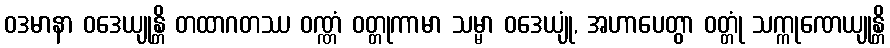
ဝဒမာနာ ဝဒေယျုန္တိ တထာဂတဿ ဝဏ္ဏံ ဝတ္တုကာမာ သမ္မာ ဝဒေယျုံ, အဟာပေတွာ ဝတ္တုံ သက္ကုဏေယျုန္တိ